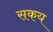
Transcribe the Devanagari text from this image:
सकय